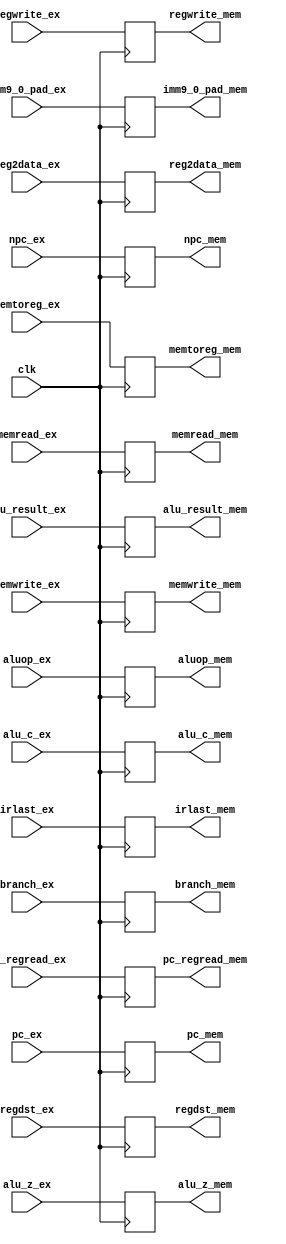
module EX_MEM_reg (clk,npc_ex, alu_result_ex, alu_z_ex, alu_c_ex, reg2data_ex, regdst_ex, pc_ex, imm9_0_pad_ex, 
						npc_mem, alu_result_mem, alu_z_mem, alu_c_mem, reg2data_mem, regdst_mem, pc_mem, imm9_0_pad_mem,
						regwrite_ex,memtoreg_ex,memread_ex,memwrite_ex,branch_ex,pc_regread_ex, aluop_ex, irlast_ex,
						regwrite_mem,memtoreg_mem,memread_mem,memwrite_mem,branch_mem,pc_regread_mem, aluop_mem, irlast_mem);
	
	input clk, alu_z_ex, alu_c_ex;
	input [15:0] npc_ex, alu_result_ex, reg2data_ex, pc_ex;
	input [2:0] regdst_ex;
	input regwrite_ex,memtoreg_ex,memread_ex,memwrite_ex,branch_ex,pc_regread_ex;	
	input [3:0] aluop_ex;
	input [1:0] irlast_ex;
	input [15:0] imm9_0_pad_ex;
	
	output reg alu_z_mem = 1'b0, alu_c_mem = 1'b0;
	output reg [15:0] npc_mem = 16'h0000, alu_result_mem = 16'h0000, reg2data_mem = 16'h0000, pc_mem = 16'h0000;
	output reg [2:0] regdst_mem = 3'b000;
	output reg regwrite_mem = 1'b0,memtoreg_mem = 1'b0,memread_mem = 1'b0,memwrite_mem = 1'b0,branch_mem = 1'b0,pc_regread_mem = 1'b0;
	output reg [3:0] aluop_mem = 4'b0000;
	output reg [1:0] irlast_mem = 2'b00;
	output reg [15:0] imm9_0_pad_mem = 16'h0000;
	
	
	always@(posedge clk)
	begin
	
		npc_mem <= npc_ex;
		pc_mem <= pc_ex;
		alu_result_mem <= alu_result_ex;
		alu_z_mem <= alu_z_ex;
		alu_c_mem <= alu_c_ex;
		reg2data_mem <= reg2data_ex;
		regdst_mem <= regdst_ex;
		imm9_0_pad_mem <= imm9_0_pad_ex;
		
		regwrite_mem <= regwrite_ex;
		memtoreg_mem <= memtoreg_ex;
		memread_mem <= memread_ex;
		memwrite_mem <= memwrite_ex;
		branch_mem <= branch_ex;
		pc_regread_mem <= pc_regread_ex;
		aluop_mem <= aluop_ex;
		irlast_mem <= irlast_ex;
		
	end 
	
endmodule